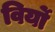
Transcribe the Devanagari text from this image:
विर्यो